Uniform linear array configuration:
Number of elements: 16
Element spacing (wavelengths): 0.25
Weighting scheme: blackman
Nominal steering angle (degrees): -30
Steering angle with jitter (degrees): -29.467
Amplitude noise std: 0.05
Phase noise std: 0.05

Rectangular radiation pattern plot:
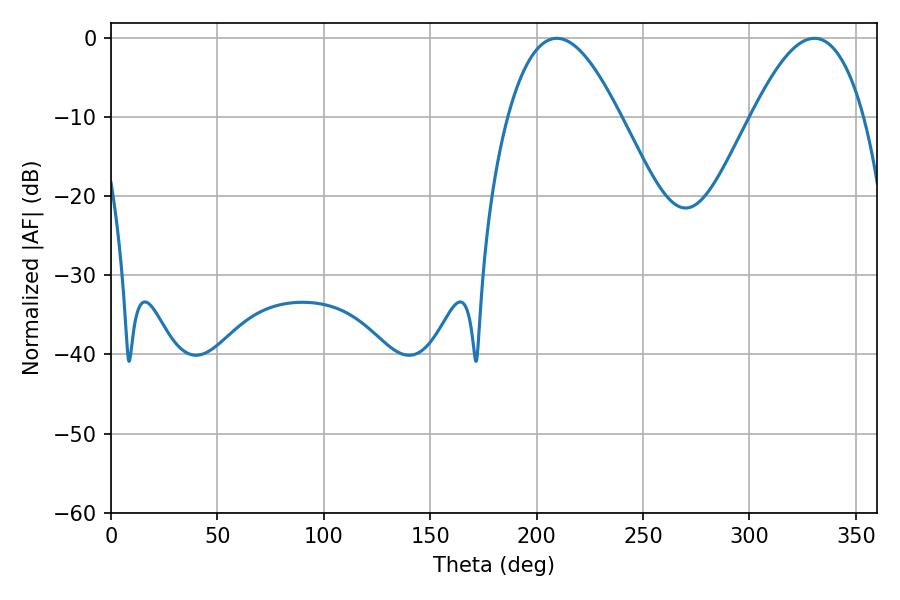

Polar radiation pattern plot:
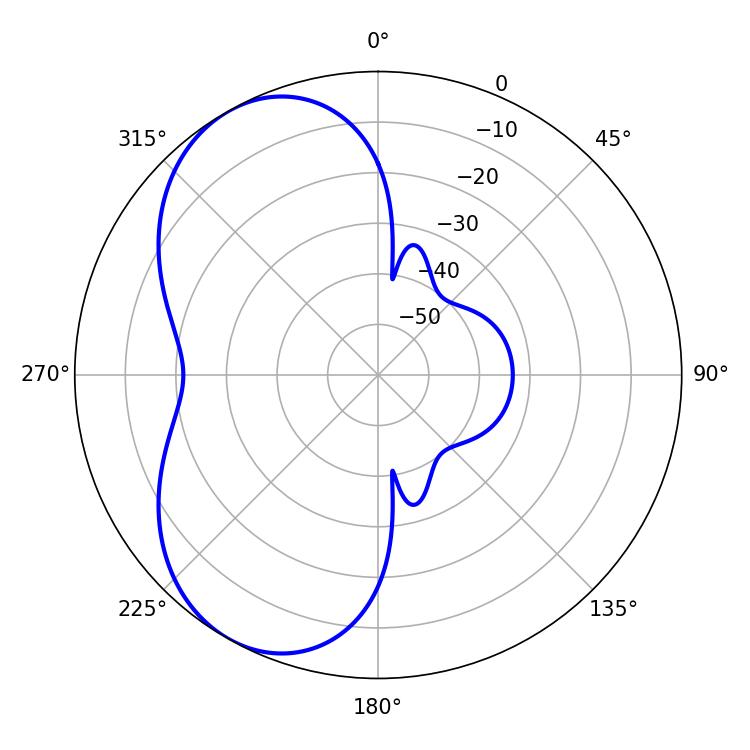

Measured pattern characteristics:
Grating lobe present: FALSE
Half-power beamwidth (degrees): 28.62
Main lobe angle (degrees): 209.52